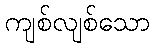
ကျစ်လျစ်သော